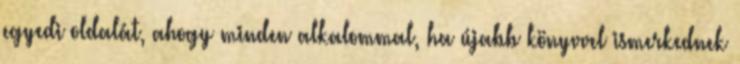
egyedi oldalát, ahogy minden alkalommal, ha újabb könyvvel ismerkednek